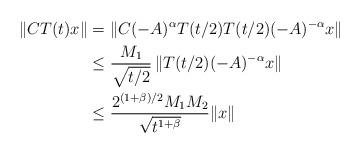
LaTeX: \begin{align*}\|CT(t)x\| &=\|C(-A)^{\alpha } T(t/2) T(t/2) (-A)^{-\alpha }x\| \\&\leq \frac{M_1}{\sqrt{t/2}} \,\| T(t/2) (-A)^{-\alpha }x\| \\&\leq \frac{2^{(1+\beta)/2}M_1M_2}{\sqrt{t^{1+\beta}}}\|x\|\end{align*}